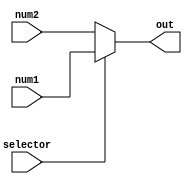
module multiplexer(input [6:0] num1, num2, input selector, output reg [6:0] out);

	assign out = selector ? num1 : num2;

endmodule